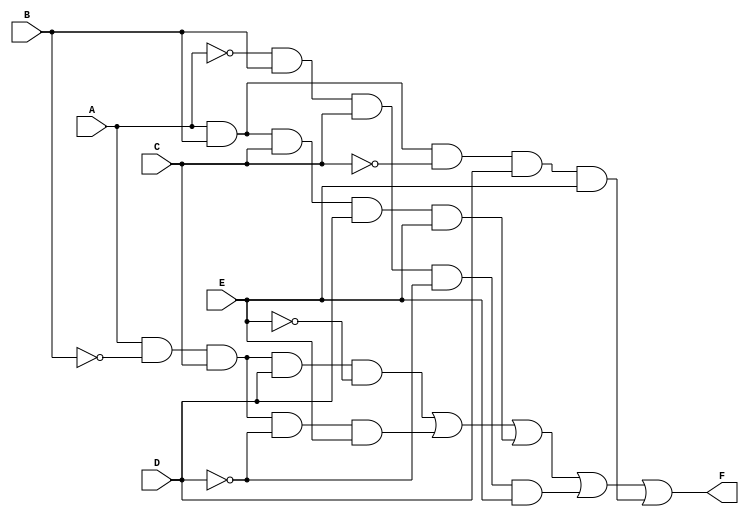
module five_variable_kmap (
    input wire A,  // Input variable A
    input wire B,  // Input variable B
    input wire C,  // Input variable C
    input wire D,  // Input variable D
    input wire E,  // Input variable E
    output wire F  // Output function F
);

// K-map implementation based on the simplified boolean expression
// This example assumes a specific grouping of minterms.
// Replace the expression below with the actual simplified expression derived from your K-map.

assign F = (A & ~B & C & D & ~E) |  // Minterm 8
           (A & ~B & C & ~D & E) |  // Minterm 10
           (A & B & C & D & E) |    // Minterm 31
           (~A & B & C & ~D & E) |  // Minterm 22
           (A & B & ~C & D & E);    // Minterm 30

endmodule